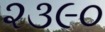
૨૩૯૦